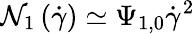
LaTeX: \mathcal{N}_{1}\left(\dot{{\gamma}}\right)\simeq\Psi_{1,0}\dot{{\gamma}}^{2}